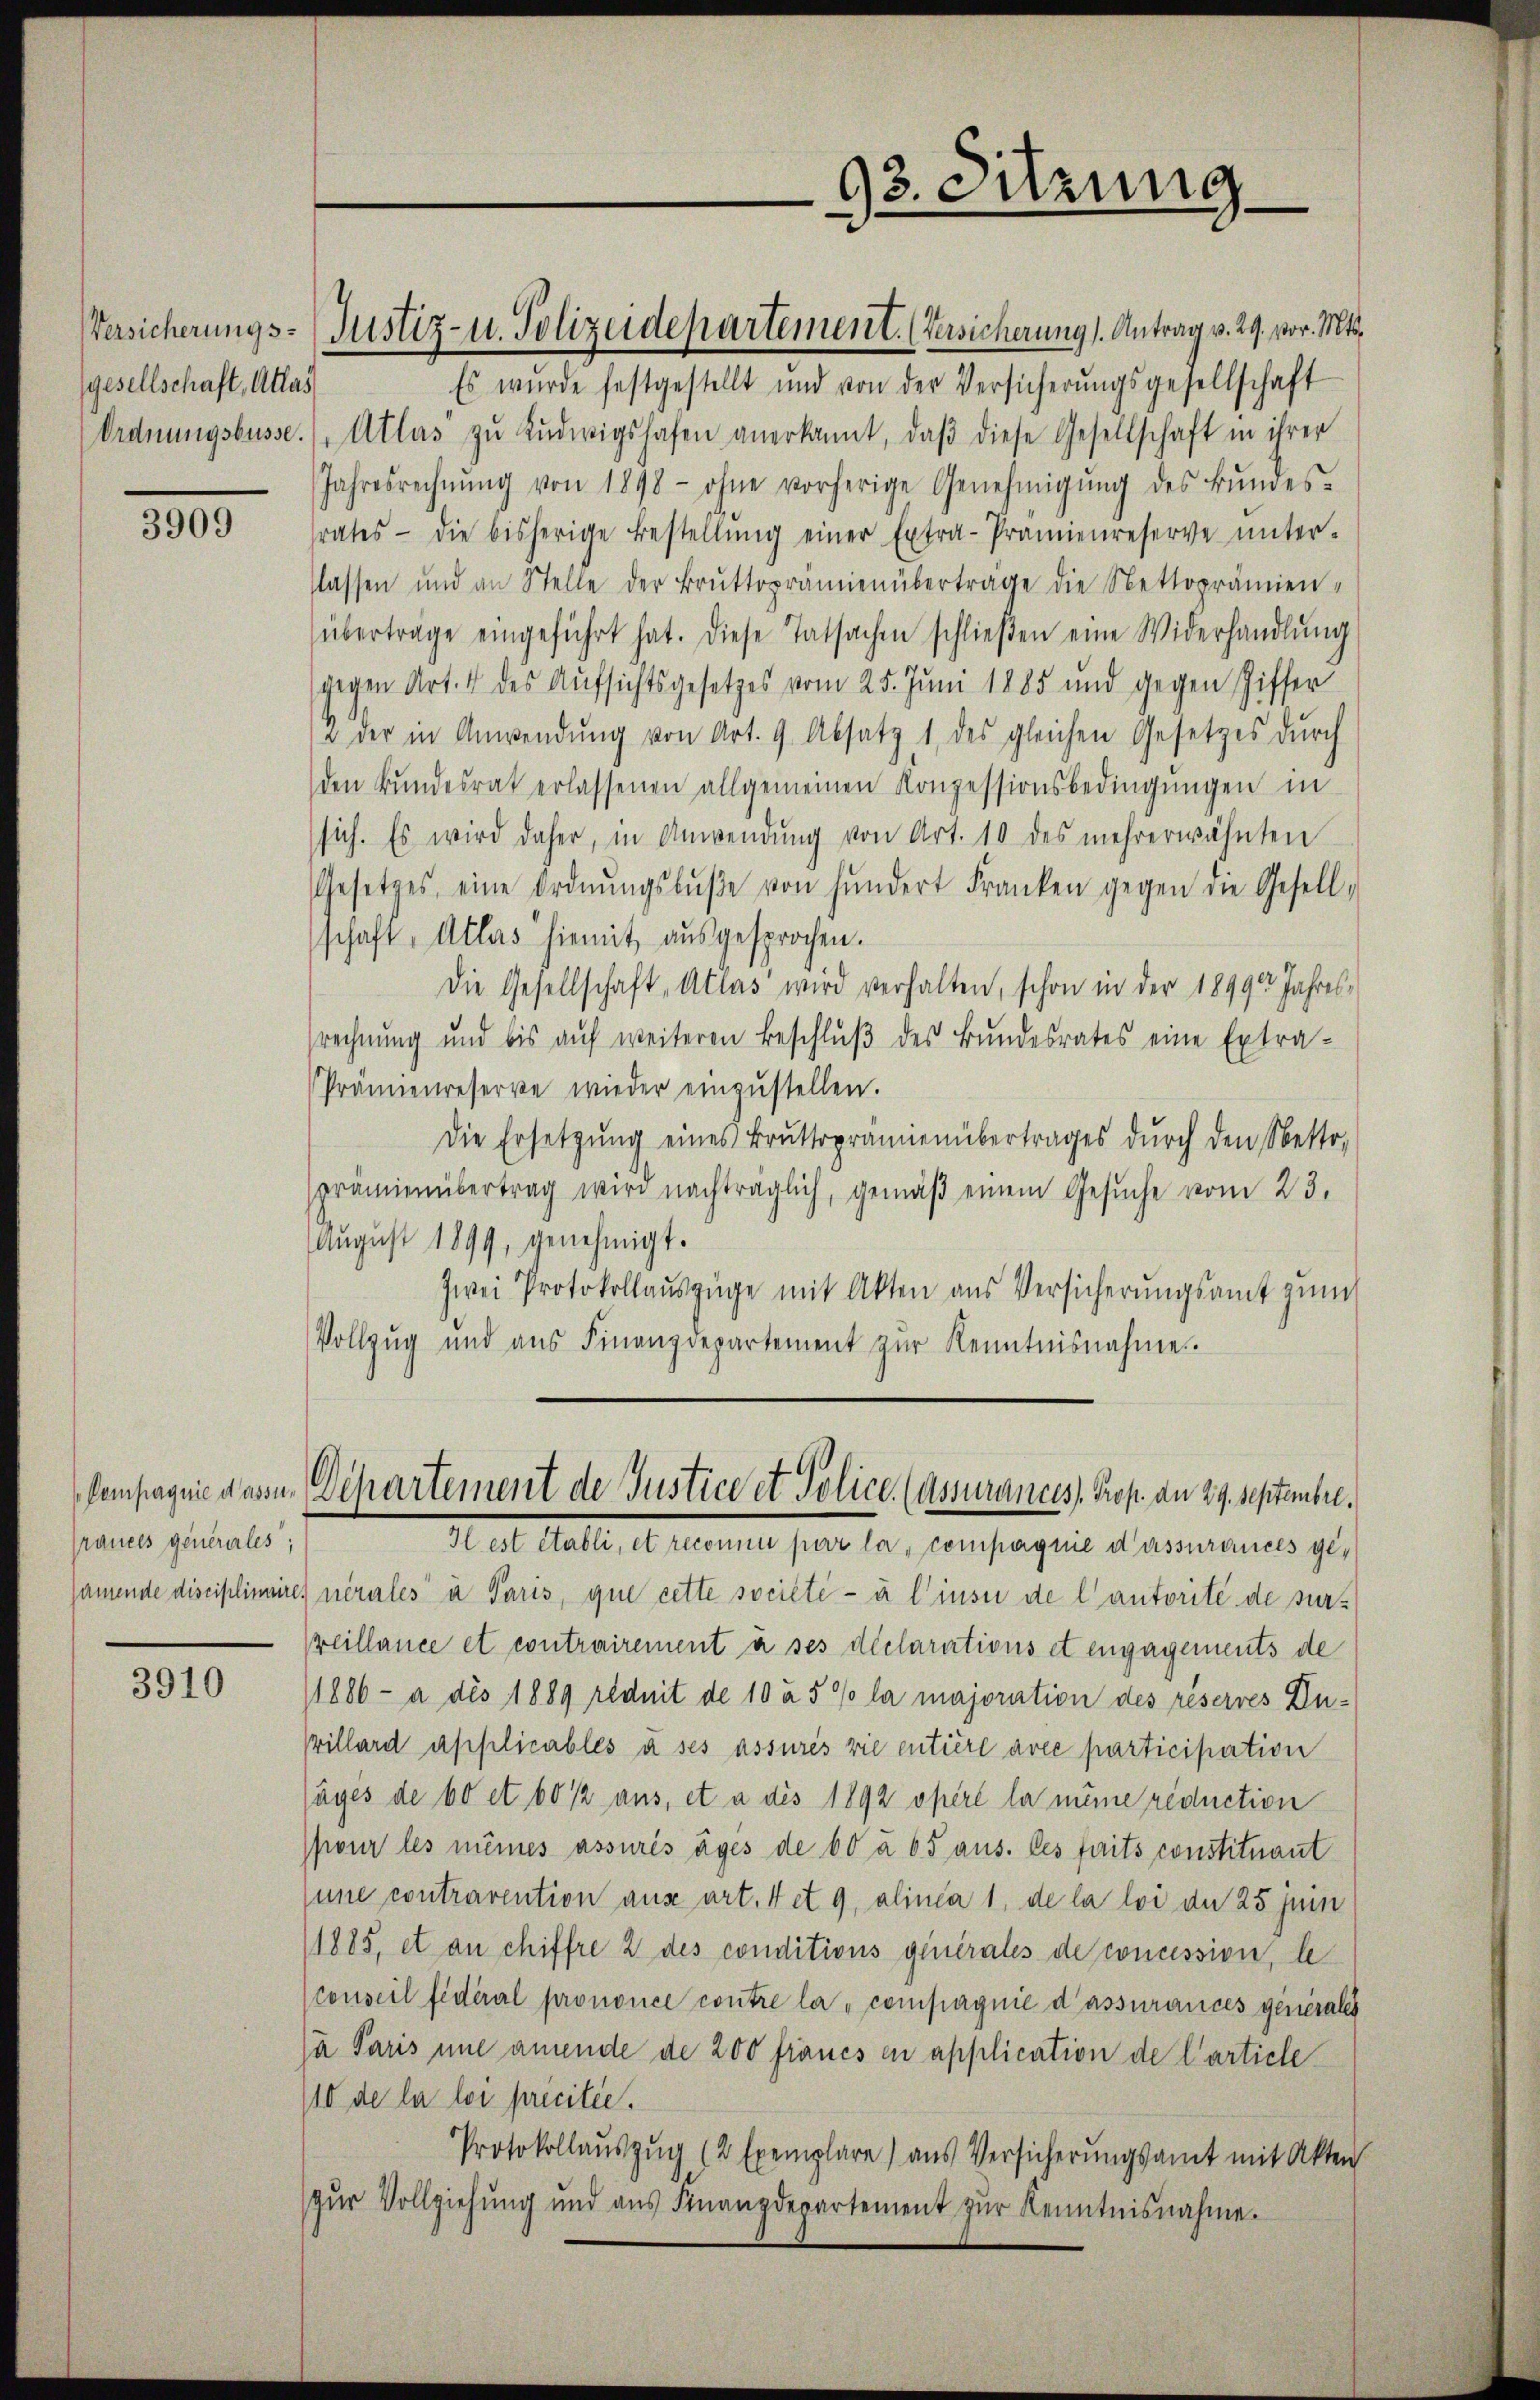
gesellschaft, Atlas

3909

räuels generales;

3910

Es wurde festgestellt und von der Versicherŭngsgesellschaft
Ordnŭngsbusse. (Atlas zŭ Lŭdwigshafen anerkannt, daβ diese Gesellschaft in ihrer
Jahresrechnŭng von 1898 - ohne vorherige Genehmigŭng des Bŭndes-
srates die bisherige Bestellŭng einer Extra-Prämienreserve ŭnter-
Classen und an Stelle der Brŭttoprämien überträge die Nettoprämien-
übertrage eingeführt hat. Diese Tatsachen schlieβen eine Widerhandlŭng
gegen Art. 4 des Aufsichtsgesetzes vom 25. Juni 1885 und gegen Ziffer
2 der in Anwendŭng von Art. 9. Absatz 1 des gleichen Gesetzes dŭrch
den Bŭndesrat erlassenen allgemeinen Konzessionsbedingŭngen in
sich. Es wird daher, in Anwendŭng von Art. 10 des mehrerwähnten
Gesetzes eine Ordnŭngsbŭβe von hundert Franken gegen die Gesell-
schaft, Atlas hiemit, ausgesprochen.
Die Gesellschaft Atlas wird verhalten, schon in der 189900 Jahressrechnung und bis aŭf weiteren Beschlŭβ des Bŭndesrates eine Extra-
Prämienreserve wieder einzŭstellen.
Die Ersetzŭng eines Brŭtterprämienübertrages dŭrch den Netto-
sprämienübertrag wird nachträglich, gemäβ einem Gesŭche vom 23.
August 1899, genehmigt.
zwei Protokollauszüge mit Akten aus Versicherungsamt zum
Vollzug und aŭs Finanzdepartement zŭr Kenntnisnahme.
Compagnie dassen. Departement de Justice et Police. (Assurances, Prof. an 29. Septembre.
Mit Matt, A. andelt hat er, Compagnie darminus ge
samende disciplinaires nererles à Paris, que cette société à l’insu de lautorité de surreillance et contrairement à ses declarations et engagements de
1886 - a des 1889 réduit de 10 à 5 % la majoration des réserres Duvillard applicables à ses assures vie entière avec participation
säges de 60 et 60 ½ aus, et a des 1892 opéré la même reduction
pour les mines assurés ages de 60 à 65 aus. les faits constituant
une contravention aus art. 4 et 9, alinea 1, de la loi de 25 Juin
1885, et an chiffre 2 des conditions generales de concession, le
(conseil fédéral prononce contre la compagnie d’assurances generale
ja Paris une amende de 200 francs en application de l’article
/10 de la loi pricitée.
Protokollaŭszŭg (2 Exemplare) aus Versicherŭngsamt mit Akten
zur Vollziehung und aŭs Finanzdepartement zŭr Kenntnisnahme.

Versicherungs-Justiz- u. Polizeidepartement. (Versicherung). Antrag v. 29. vor. Mts.

93. Sitzung